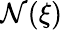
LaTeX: \mathcal{N}(\xi)